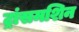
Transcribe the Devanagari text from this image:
ट्रांसमशिन